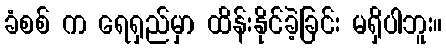
ခံစစ် က ရေရှည်မှာ ထိန်းနိုင်ခဲ့ခြင်း မရှိပါဘူး။